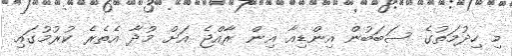
މި ހިދުމަތުގެ ސަބަބުން އިންޑިއާ އިން ރާއްޖެ އަށް މުދާ އެތެރެ ކުރުމުގައި